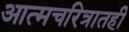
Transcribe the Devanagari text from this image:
आत्मचरित्रातही